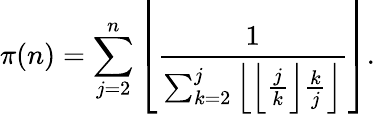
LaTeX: \pi(n)=\sum_{j=2}^{n}\left\lfloor{\frac{1}{\sum_{k=2}^{j}\left\lfloor\left\lfloor{\frac{j}{k}}\right\rfloor{\frac{k}{j}}\right\rfloor}}\right\rfloor.